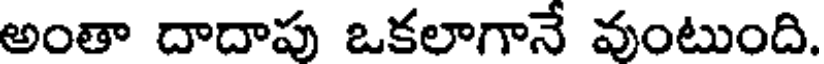
అంతా దాదాపు ఒకలాగానే వుంటుంది.